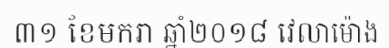
៣១ ខែមករា ឆ្នាំ២០១៨ វេលាម៉ោង